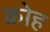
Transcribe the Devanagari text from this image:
क्रोह